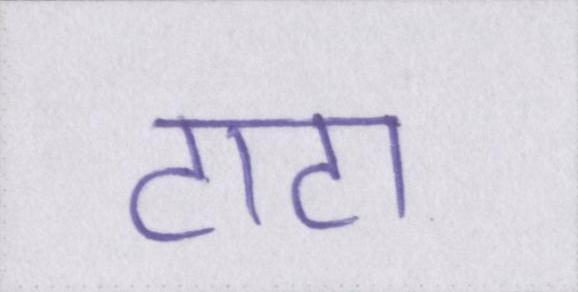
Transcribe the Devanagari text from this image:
टाटा